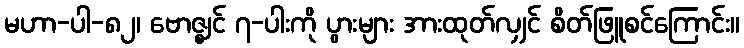
မဟာ-ပါ-၈၂၊ ဗောဇ္ဈင် ၇-ပါးကို ပွားများ အားထုတ်လျှင် စိတ်ဖြူစင်ကြောင်း။